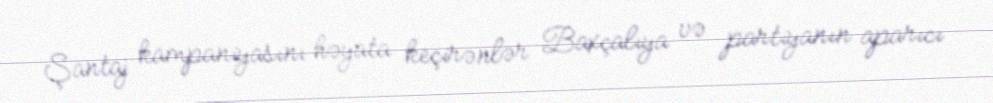
Şantaj kampaniyasını həyata keçirənlər Baxçalıya və partiyanın aparıcı